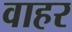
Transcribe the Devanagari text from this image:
वाहर